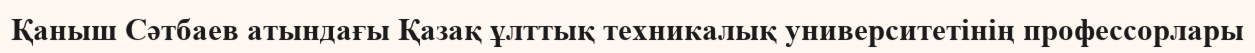
Қаныш Сәтбаев атындағы Қазақ ұлттық техникалық университетінің профессорлары